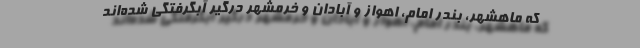
كه ماهشهر، بندر امام، اهواز و آبادان و خرمشهر درگير آبگرفتگي‌ شده‌اند